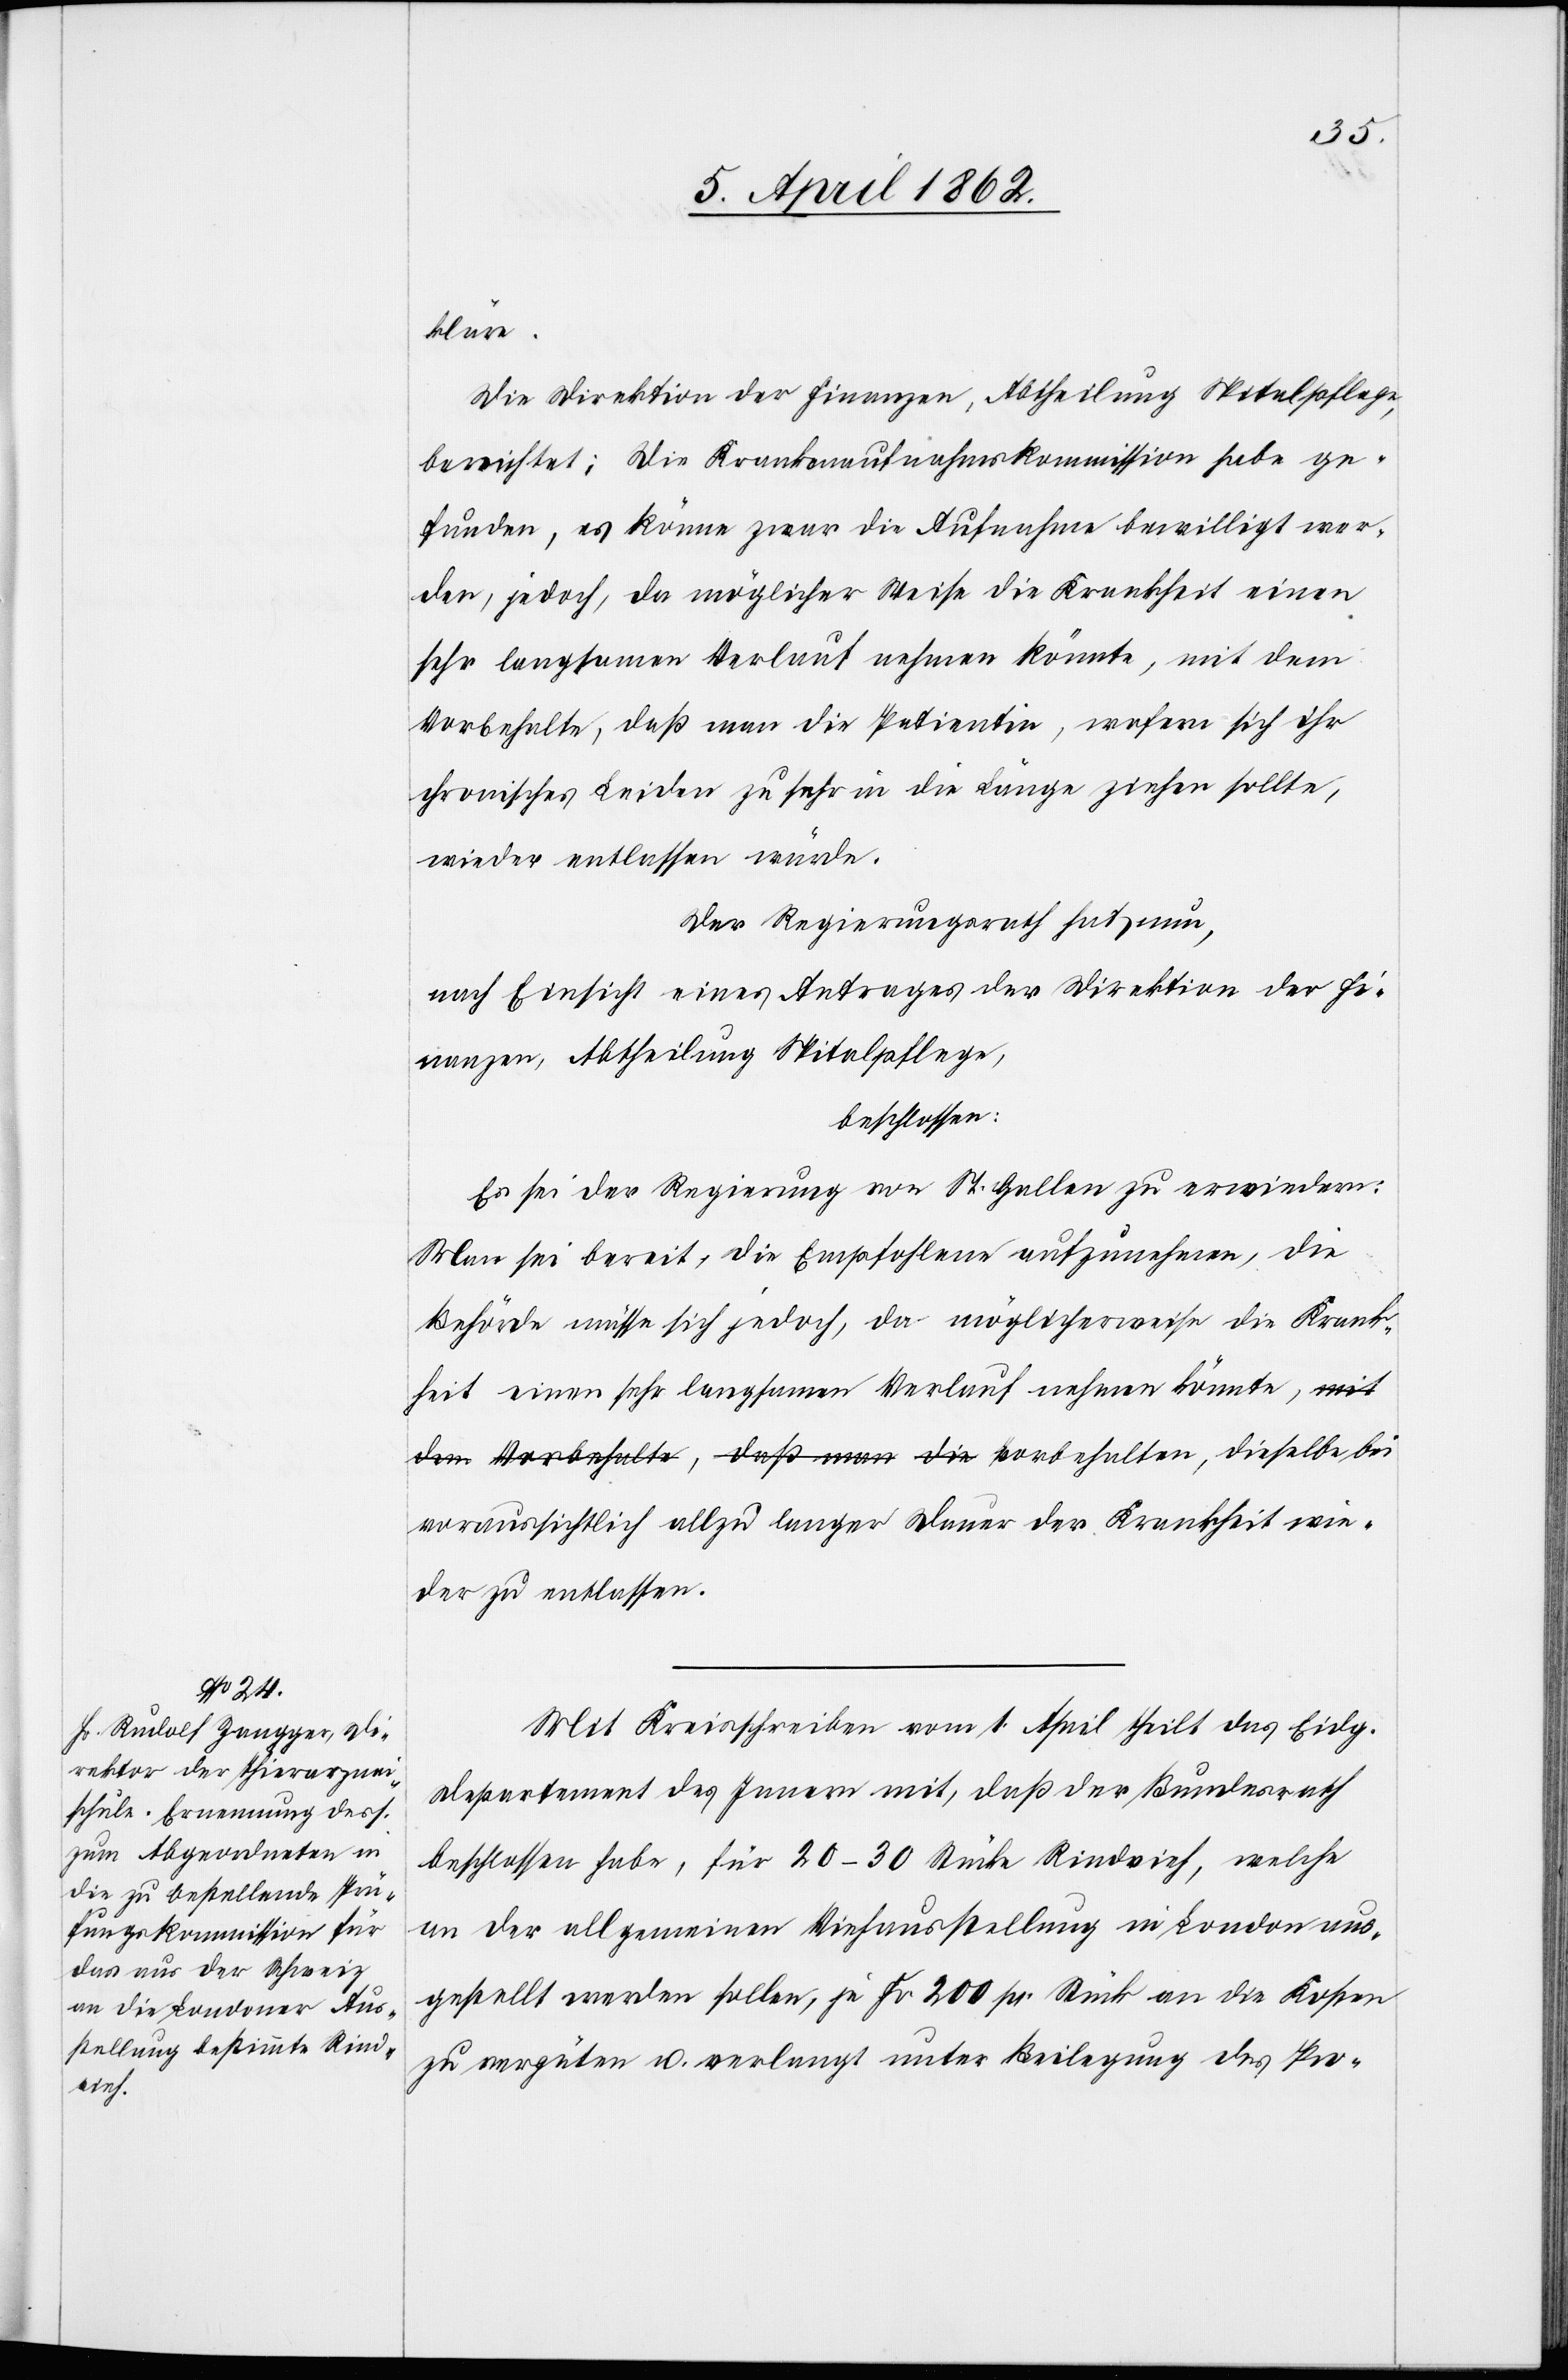
kläre.
Die Direktion der Finanzen, Abtheilung Spitalpflege,
berichtet: Die Krankenaufnahmskommission habe ge¬
funden, es könne zwar die Aufnahme bewilligt wer¬
den, jedoch, da möglicher Weise die Krankheit einen
sehr langsamen Verlauf nehmen könnte, mit dem
Vorbehalte, daß man die Patientin, sofern sich ihr
chronisches Leiden zu sehr in die Länge ziehen sollte,
wieder entlassen würde.
Der Regierungsrath hat nun,
nach Einsicht eines Antrages der Direktion der Fi¬
nanzen, Abtheilung Spitalpflege,
beschlossen:
Es sei der Regierung von St. Gallen zu erwiedern:
Man sei bereit, die Empfohlenen aufzunehmen, die
Behörde müsse sich jedoch, da möglicherweise die Krank¬
heit einen sehr langsamen Verlauf nehmen könnte, a-mit
dem Vorbehalte, daß man die-a Vorbehalten, dieselbe bis
voraussichtlich allzu langer Dauer der Krankheit wie¬
der zu entlassen.
Mit Kreisschreiben vom 1. April theilt das Eidg.
Departement des Innern mit, daß der Bundesrath
beschlossen habe, für 20–30 Stücke Rindvieh, welche
an der allgemeinen Viehausstellung in London aus¬
gestellt werden sollen, je Fr. 200 pr. Stück an die Kosten
zu vergüten u. verlangt unter Beilegung des Pro-